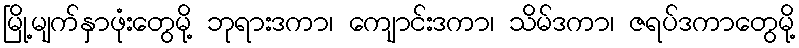
မြို့မျက်နှာဖုံးတွေမို့ ဘုရားဒကာ၊ ကျောင်းဒကာ၊ သိမ်ဒကာ၊ ဇရပ်ဒကာတွေမို့